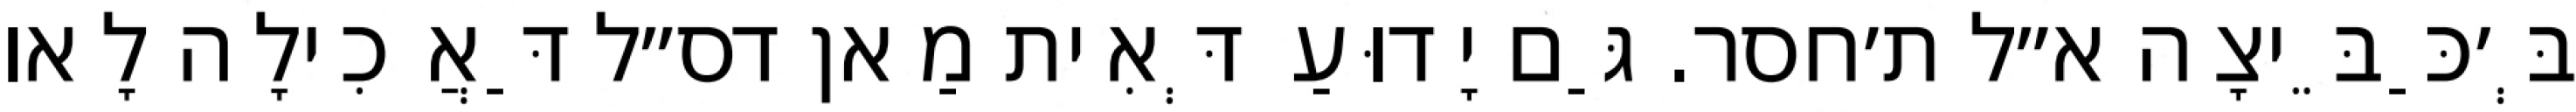
בְּ׳כַּבֵּיצָה א״ל ת׳חסר. גַּם יָדוּעַ דְּאִית מַאן דס״ל דַּאֲכִילָה לָאו